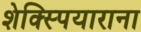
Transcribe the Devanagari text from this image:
शेक्स्पियाराना